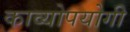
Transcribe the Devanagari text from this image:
काव्योपयोगी